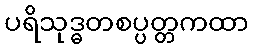
ပရိသုဒ္ဓတစပ္ပတ္တကထာ